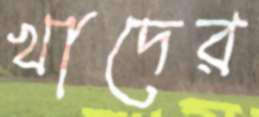
খাদের